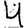
Digit: 4